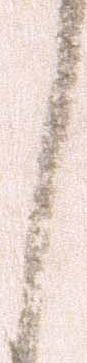
し